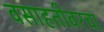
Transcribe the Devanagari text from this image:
वसाहतीवरचा